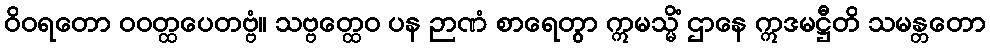
ဝိဝရတော ဝဝတ္ထပေတဗ္ဗံ။ သဗ္ဗတ္ထေဝ ပန ဉာဏံ စာရေတွာ ဣမသ္မိံ ဌာနေ ဣဒမဋ္ဌီတိ သမန္တတော